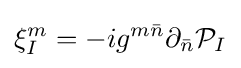
\xi _{I}^{m}=-ig^{m{\bar {n}}}\partial _{\bar {n}}{\mathcal {P}}_{I}